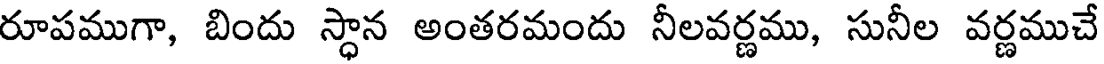
రూపముగా, బిందు స్థాన అంతరమందు నీలవర్ణము, సునీల వర్ణముచే